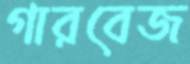
গারবেজ